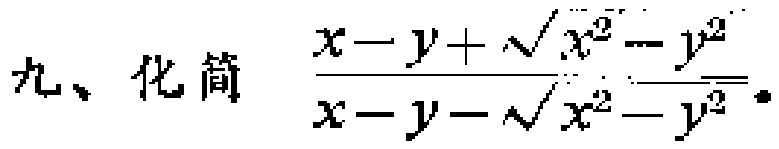
九、化简 $\frac{x - y + \sqrt{x^{2}-y^{2}}}{x - y - \sqrt{x^{2}-y^{2}}}$